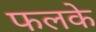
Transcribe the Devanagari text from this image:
फलके